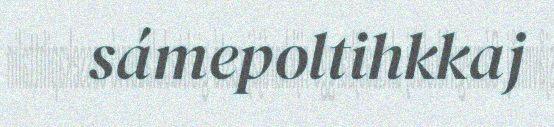
sámepoltihkkaj